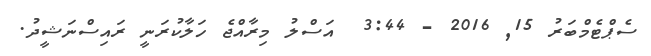
ސެޕްޓެމްބަރު 15